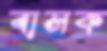
বাসক